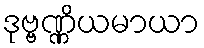
ဒုဗ္ဗဏ္ဏိယမာယာ